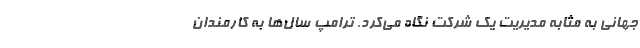
جهانی به مثابه مدیریت یک شرکت نگاه می‌کرد. ترامپ سال‌ها به کارمندان